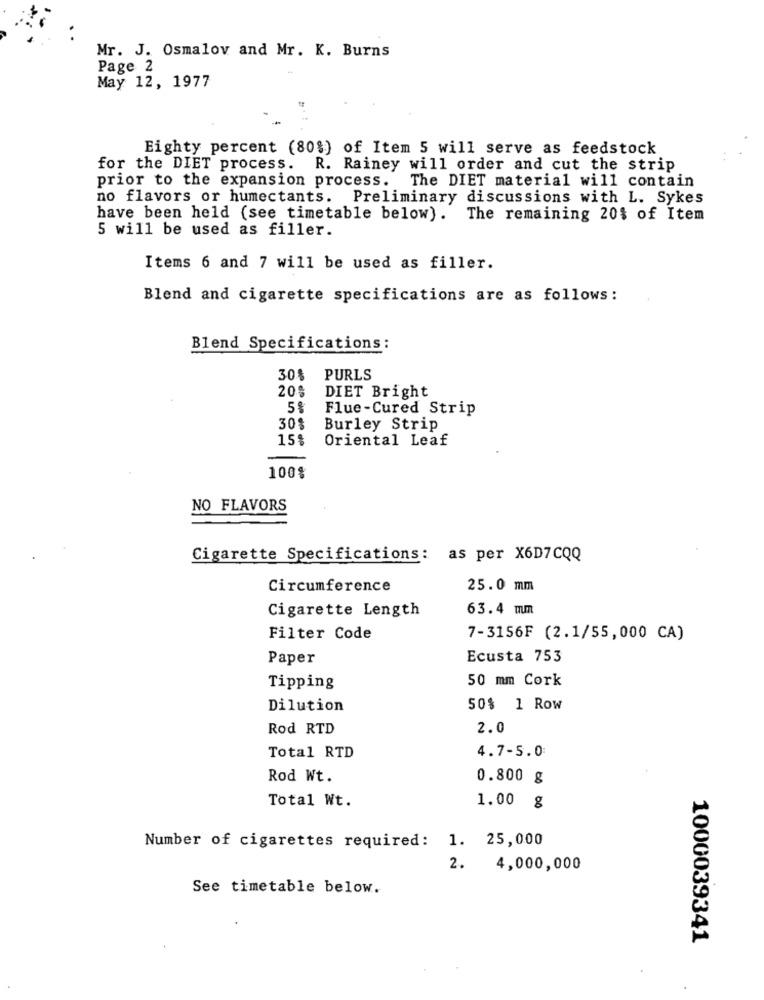
Mr. J. Osmalov and Mr. K. Burns
Page 2
May 12, 1977
Eighty percent (80%) of Item 5 will serve as feedstock
for the DIET process. R. Rainey will order and cut the strip
The DIET material will contain
prior to the expansion process.
no flavors or humectants. Preliminary discussions with L. Sykes
have been held (see timetable below). The remaining 20% of Item
5 will be used as filler.
Items 6 and 7 will be used as filler.
Blend and cigarette specifications are as follows:
Blend Specifications:
30%
PURLS
20%
DIET Bright
Flue-Cured Strip
30%
Burley Strip
15%
Oriental Leaf
100%
NO FLAVORS
Cigarette Specifications: as per X6D7CQQ
Circumference
25.0 mm
Cigarette Length
63.4 mm
Filter Code
7-3156F (2.1/55,000 CA)
Paper
Ecusta 753
50 mm Cork
Tipping
Dilution
50$ 1 Row
Rod RTD
2.0
4.7-5.0
Total RTD
Rod Wt.
0.800 g
Total Wt.
1.00 g
Number of cigarettes required:
1. 25,000
2.
4,000,000
See timetable below.
1000039341